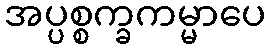
အပ္ပစ္စက္ခကမ္မာပေ